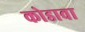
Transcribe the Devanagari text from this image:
कोडावा